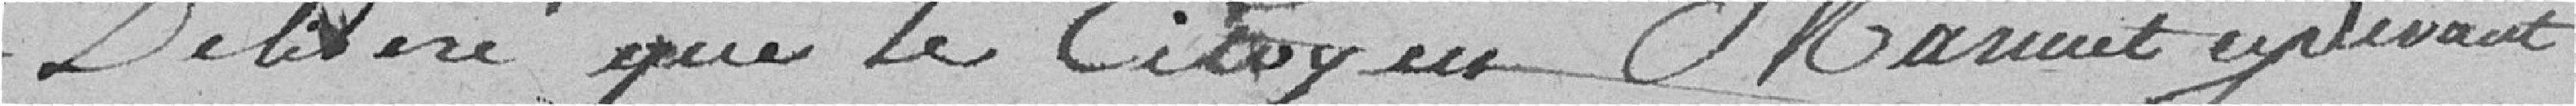
délibéré que le citoyen Marmet ci-devant